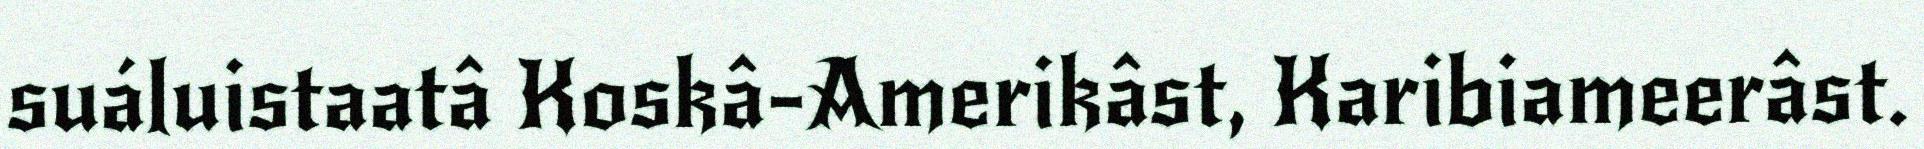
suáluistaatâ Koskâ-Amerikâst, Karibiameerâst.